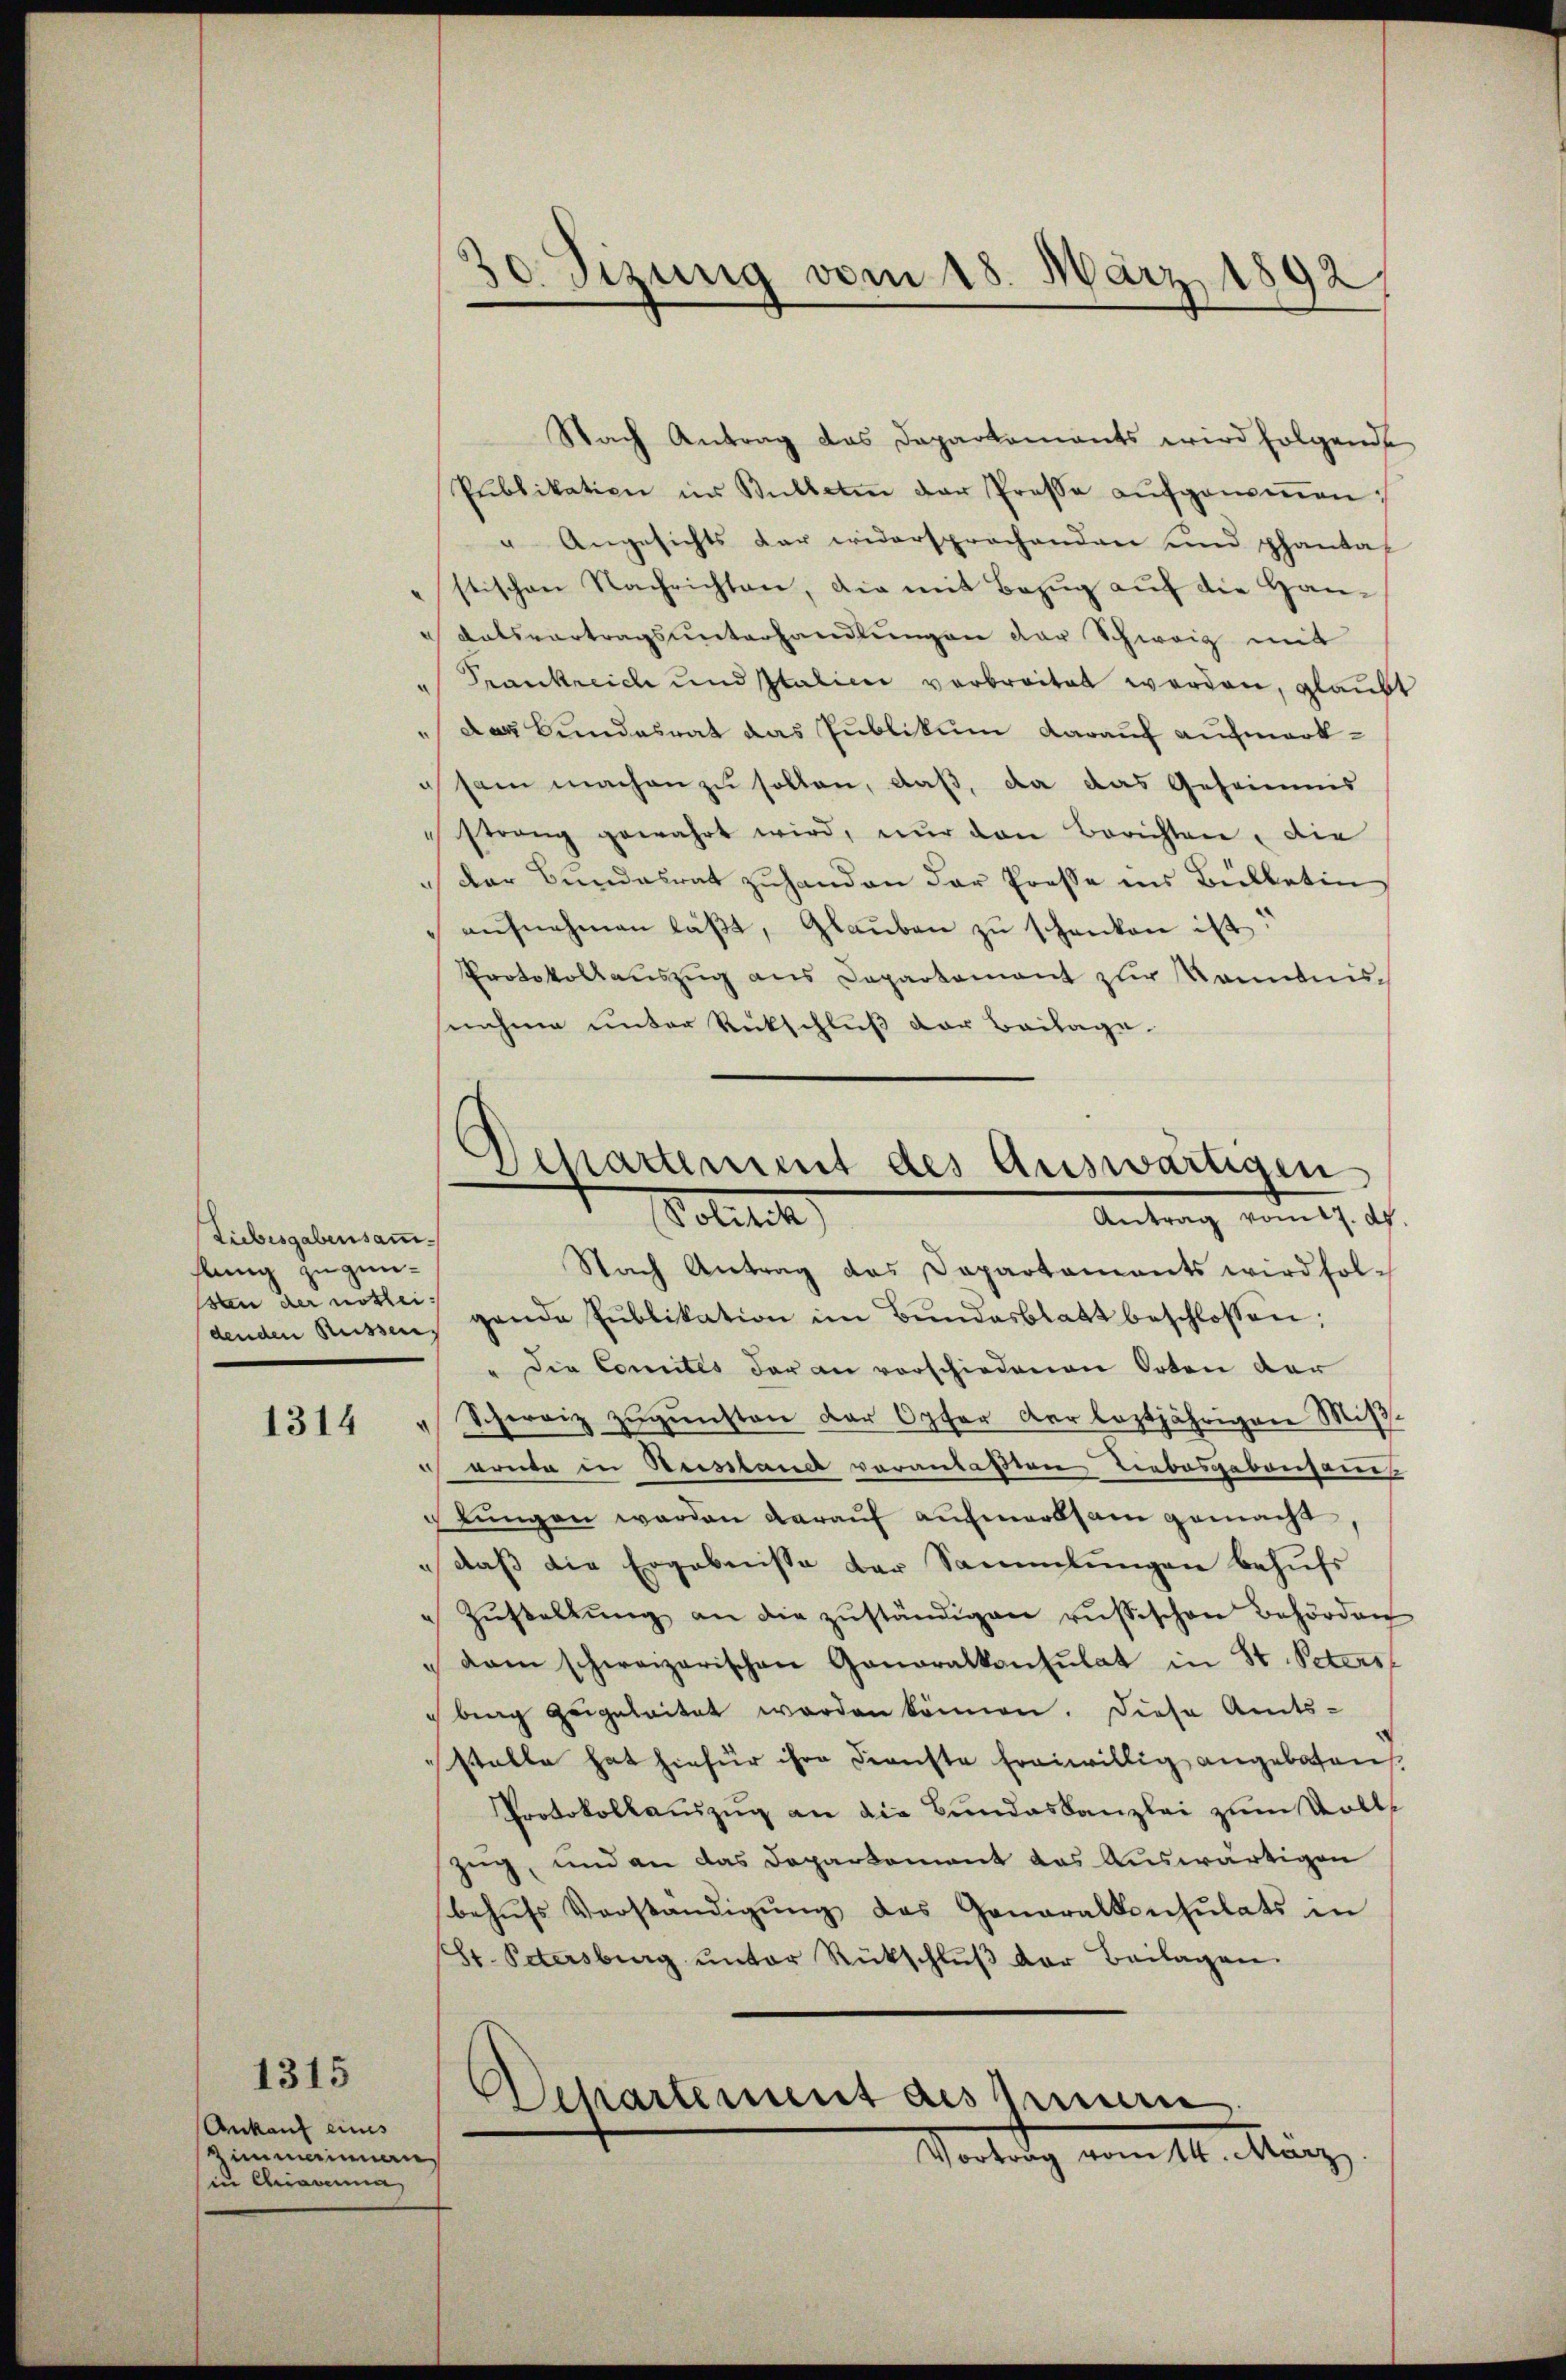
Liebesgabensammhlung zugensten der nöthei¬

1314

1315

Ankauf eines
Zimmeinnan
in Chiavena

Nach Antrag das Daparkaments wird folgende
Publikation im Bulletin der Presse aŭfgenoṁen.
" Angesichts dar widersprochenden und phantas
stischen Nachrichten, die mit Bezug auf die Han¬
Ratsvertragsunterhandlungen der Schweiz mit
Frankreich und Italici verbreitet werden, glaubt
Das Bundesrat das Publikum darauf aufmerksam machen zu sollen, daß, da das Geheimms
"strang gewahrt wird, nŭr den Berichten, die
der Bundesrat zuhanden der Prose ins Beilletin
aŭfnahmen läβt, Glaŭben zŭ schenken ist:
Protokollauszug aus Departement zur Kenntnisnahme unter Rückschluß der Beilage.

u

30. Sizung vom 18. März 1892.

Nach Antrag das Dapartaments wird fol-
denden Rüssen, gande Pŭblikation im Bŭndesblatt beschlossen:
" die Comtes der an vorschiedenen Orten der
Schweiz zugunsten der Opfer der leztjährigen Mit-
ernte in Beistand veranlaßten Liebesgabensams
lŭngen werden darauf aufmerksam gemacht,
" daß die Ergebnisse der Sammlungen behufs
Zŭstellŭng an die zŭständigen russischen Behörden
dam schweizerischen Generalkonsulat in St. Peters
brag zeigeleitet worden können. Diese Amts-
stalte hat hiefür ihre Dienste freiwillig angeboten.
Protokollauszug an die Bundeskanzlei zum Vollzug, und an das Departement das Auswärtigen
behŭfs Verständigŭng des Generalkonsulats in
(St. Petersberg ŭnter Rückschlŭβ der Beilagen.

Departement des Auswärtigen
Antrag nimt, d
Moliti

Departement als sein
Vortrag vom 14. März